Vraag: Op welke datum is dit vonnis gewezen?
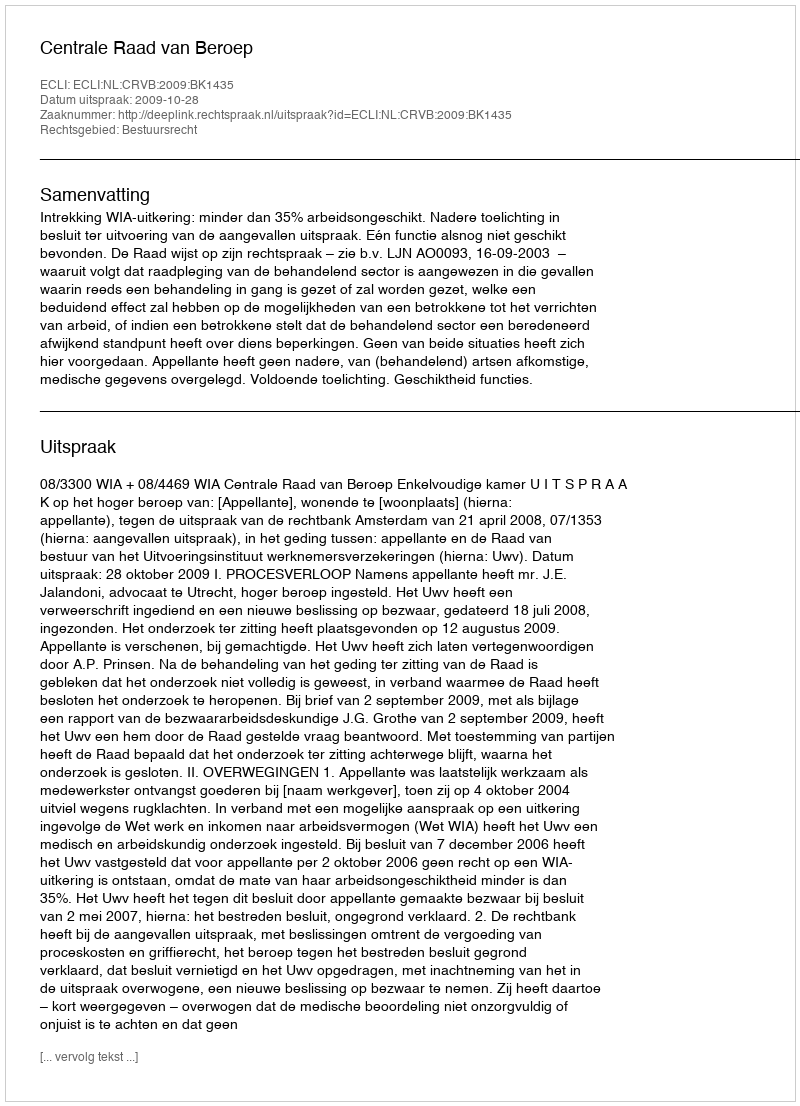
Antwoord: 2009-10-28